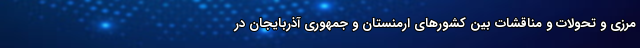
مرزی و تحولات و مناقشات بین کشورهای ارمنستان و جمهوری آذربایجان در